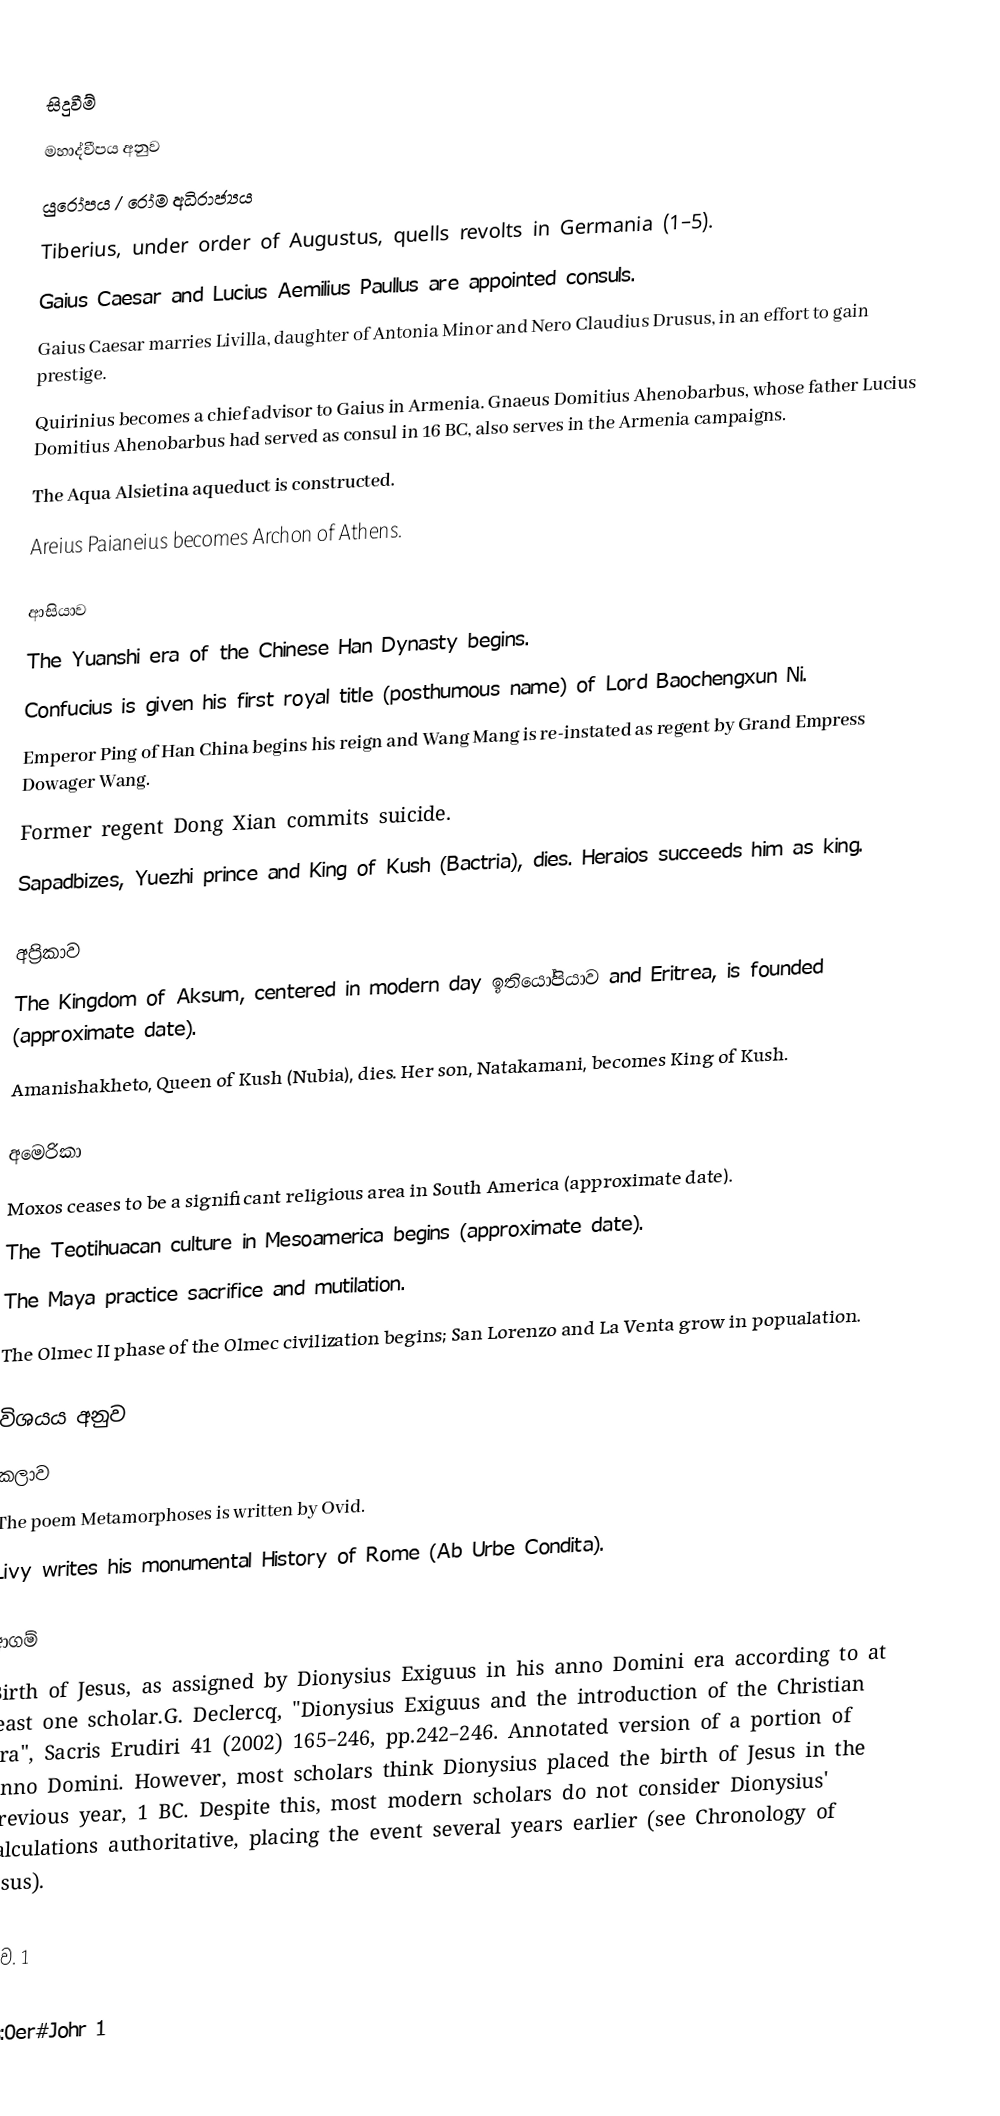

සිදුවීම්
 මහාද්වීපය අනුව
 යුරෝපය / රෝම අධිරාජ්‍යය
 Tiberius, under order of Augustus, quells revolts in Germania (1–5).
 Gaius Caesar and Lucius Aemilius Paullus are appointed consuls.
 Gaius Caesar marries Livilla, daughter of Antonia Minor and Nero Claudius Drusus, in an effort to gain prestige.
 Quirinius becomes a chief advisor to Gaius in Armenia.  Gnaeus Domitius Ahenobarbus, whose father Lucius Domitius Ahenobarbus had served as consul in 16 BC, also serves in the Armenia campaigns.
 The Aqua Alsietina aqueduct is constructed.
 Areius Paianeius becomes Archon of Athens.

 ආසියාව
 The Yuanshi era of the Chinese Han Dynasty begins.
 Confucius is given his first royal title (posthumous name) of Lord Baochengxun Ni.
 Emperor Ping of Han China begins his reign and Wang Mang is re-instated as regent by Grand Empress Dowager Wang.
 Former regent Dong Xian commits suicide.
 Sapadbizes, Yuezhi prince and King of Kush (Bactria), dies. Heraios succeeds him as king.

 අප්‍රිකාව
 The Kingdom of Aksum, centered in modern day ඉතියෝපියාව and Eritrea, is founded (approximate date).
 Amanishakheto, Queen of Kush (Nubia), dies.  Her son, Natakamani, becomes King of Kush.

 අමෙරිකා
 Moxos ceases to be a significant religious area in South America (approximate date).
 The Teotihuacan culture in Mesoamerica begins (approximate date).
 The Maya practice sacrifice and mutilation.
The Olmec II phase of the Olmec civilization begins; San Lorenzo and La Venta grow in popualation.

 විශයය අනුව
 කලාව
 The poem Metamorphoses is written by Ovid.
 Livy writes his monumental History of Rome (Ab Urbe Condita).

 ආගම්
 Birth of Jesus, as assigned by Dionysius Exiguus in his anno Domini era according to at least one scholar.G. Declercq, "Dionysius Exiguus and the introduction of the Christian Era", Sacris Erudiri 41 (2002) 165–246, pp.242–246. Annotated version of a portion of Anno Domini. However, most scholars think Dionysius placed the birth of Jesus in the previous year, 1 BC. Despite this, most modern scholars do not consider Dionysius' calculations authoritative, placing the event several years earlier (see Chronology of Jesus).

ක්‍රි.ව. 1

als:0er#Johr 1